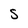
Character: S